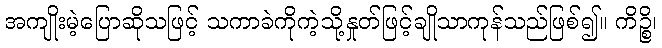
အကျိုးမဲ့ပြောဆိုသဖြင့် သကာခဲကိုကဲ့သို့နှုတ်ဖြင့်ချိုသာကုန်သည်ဖြစ်၍။ ကိဉ္စိ၊